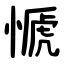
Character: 㥴